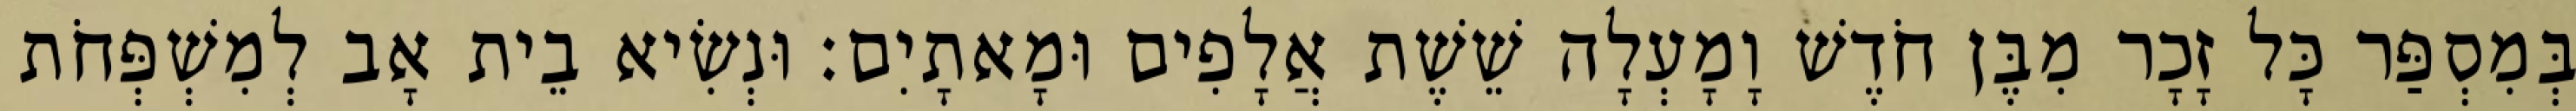
בְּמִסְפַּר כָּל זָכָר מִבֶּן חֹדֶשׁ וָמָעְלָה שֵׁשֶׁת אֲלָפִים וּמָאתָיִם׃ וּנְשִׂיא בֵית אָב לְמִשְׁפְּחֹת